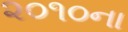
૨૦૧૦ના